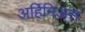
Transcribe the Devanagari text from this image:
अर्हिनिअस